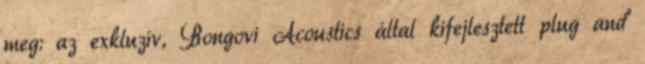
meg: az exkluzív, Bongovi Acoustics által kifejlesztett plug and